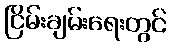
ငြိမ်းချမ်းရေးတွင်